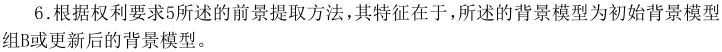
6.根据权利要求5所述的前景提取方法，其特征在于，所述的背景模型为初始背景模型组B或更新后的背景模型。